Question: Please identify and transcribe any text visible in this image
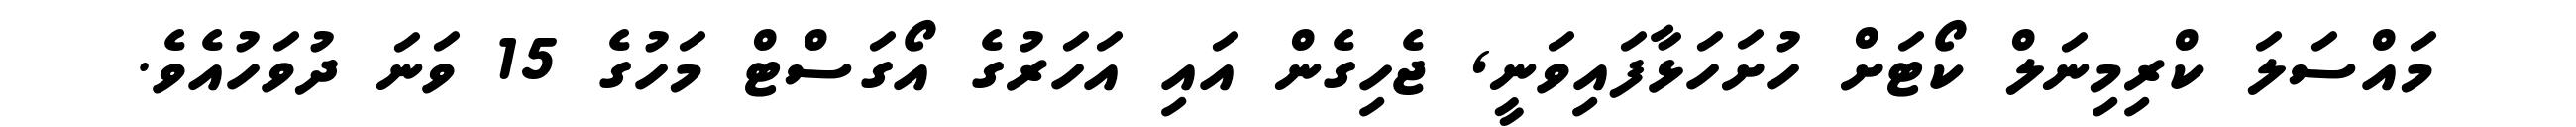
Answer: މައްސަލަ ކްރިމިނަލް ކޯޓަށް ހުށަހަޅާފައިވަނީ, ޖެހިގެން އައި އަހަރުގެ އޯގަސްޓް މަހުގެ 15 ވަނަ ދުވަހުއެވެ.